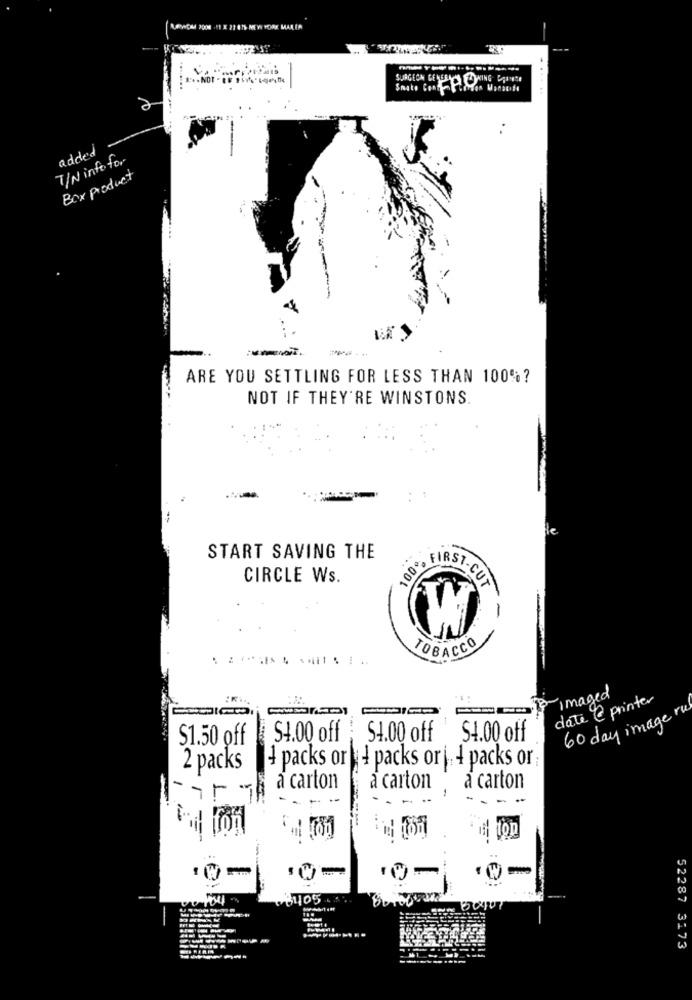
...
added
7/N info for-
Box product
ARE YOU SETTLING FOR LESS THAN 100%?
NOT IF THEY'RE WINSTONS.
START SAVING THE
CIRCLE Ws.
100% FIRST-CUT
-
TOBACCO
imaged
date @ printer
60 day image ru
$1.50 off
S4.00 off
S4.00 off
S4.00 off
4 packs or lid packs orj 4 packs or;
2 packs
1
a carton
a carton
à carton
3705
52287 3173